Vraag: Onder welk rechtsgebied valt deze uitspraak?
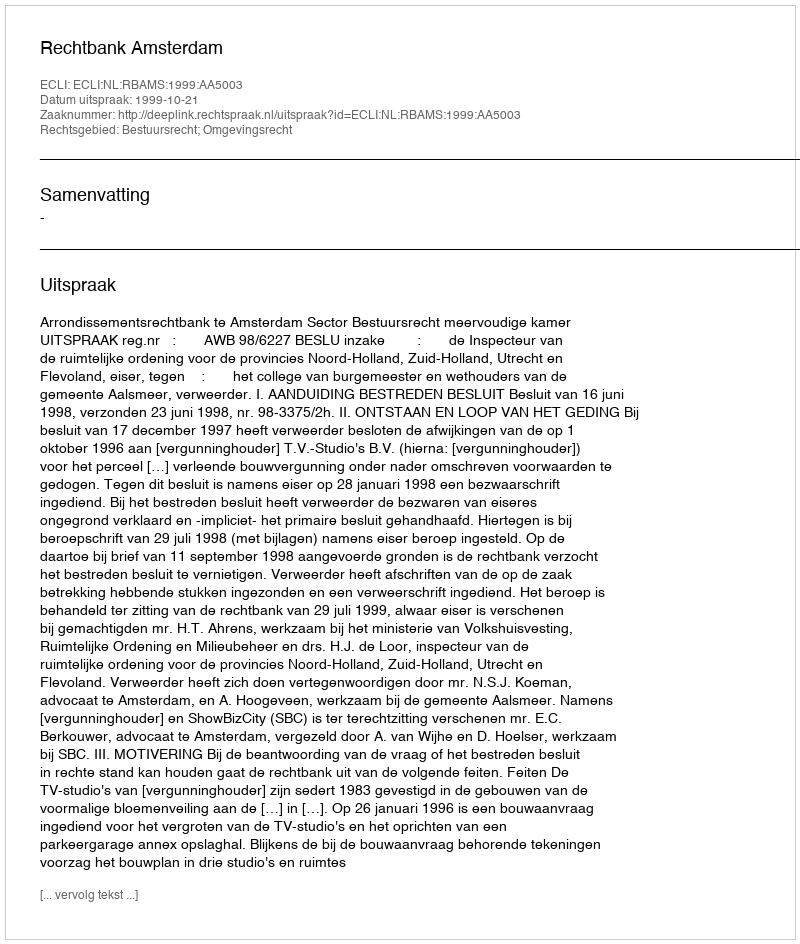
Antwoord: Bestuursrecht; Omgevingsrecht